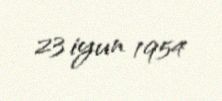
23 iyun 1954